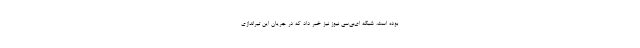
بوده است. شبکه ای‌بی‌سی نیوز نیز خبر داد که در جریان این تیراندازی